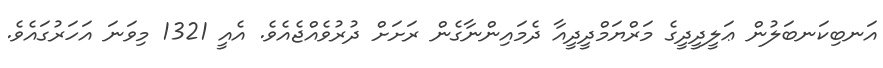
އަނބިކަނބަލުން ޢަލީދީދީގެ މަރްޔަމްދީދީއާ ދެމައިންނާގެން ރަށަށް ދުރުވެއްޖެއެވެ. އެއީ 1321 މިވަނަ އަހަރުގައެވެ.